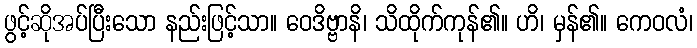
ဖွင့်ဆိုအပ်ပြီးသော နည်းဖြင့်သာ။ ဝေဒိဗ္ဗာနိ၊ သိထိုက်ကုန်၏။ ဟိ၊ မှန်၏။ ကေဝလံ၊